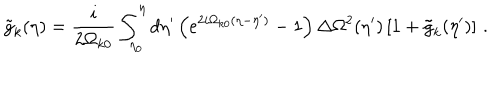
LaTeX: \tilde { g } _ { k } ( \eta ) = \frac { i } { 2 \Omega _ { k 0 } } \int _ { \eta _ { 0 } } ^ { \eta } d \eta ^ { \prime } \left( e ^ { 2 i \Omega _ { k 0 } ( \eta - \eta ^ { \prime } ) } - 1 \right) \Delta \Omega ^ { 2 } ( \eta ^ { \prime } ) \left[ 1 + \tilde { g } _ { k } ( \eta ^ { \prime } ) \right] \, .